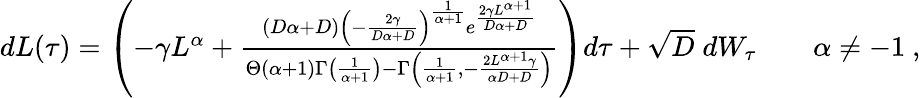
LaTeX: \begin{array}{r}{dL(\tau)=\left(-\gamma L^{\alpha}+\frac{(D\alpha+D)\left(-\frac{2\gamma}{D\alpha+D}\right)^{\frac{1}{\alpha+1}}e^{\frac{2\gamma L^{\alpha+1}}{D\alpha+D}}}{\Theta(\alpha+1)\Gamma\left(\frac{1}{\alpha+1}\right)-\Gamma\left(\frac{1}{\alpha+1},-\frac{2L^{\alpha+1}\gamma}{\alpha D+D}\right)}\right)d\tau+\sqrt{D}\; dW_{\tau}\qquad\alpha\neq-1\ ,}\end{array}